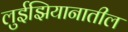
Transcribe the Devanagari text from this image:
लुईझियानातील